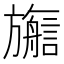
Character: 𬀜